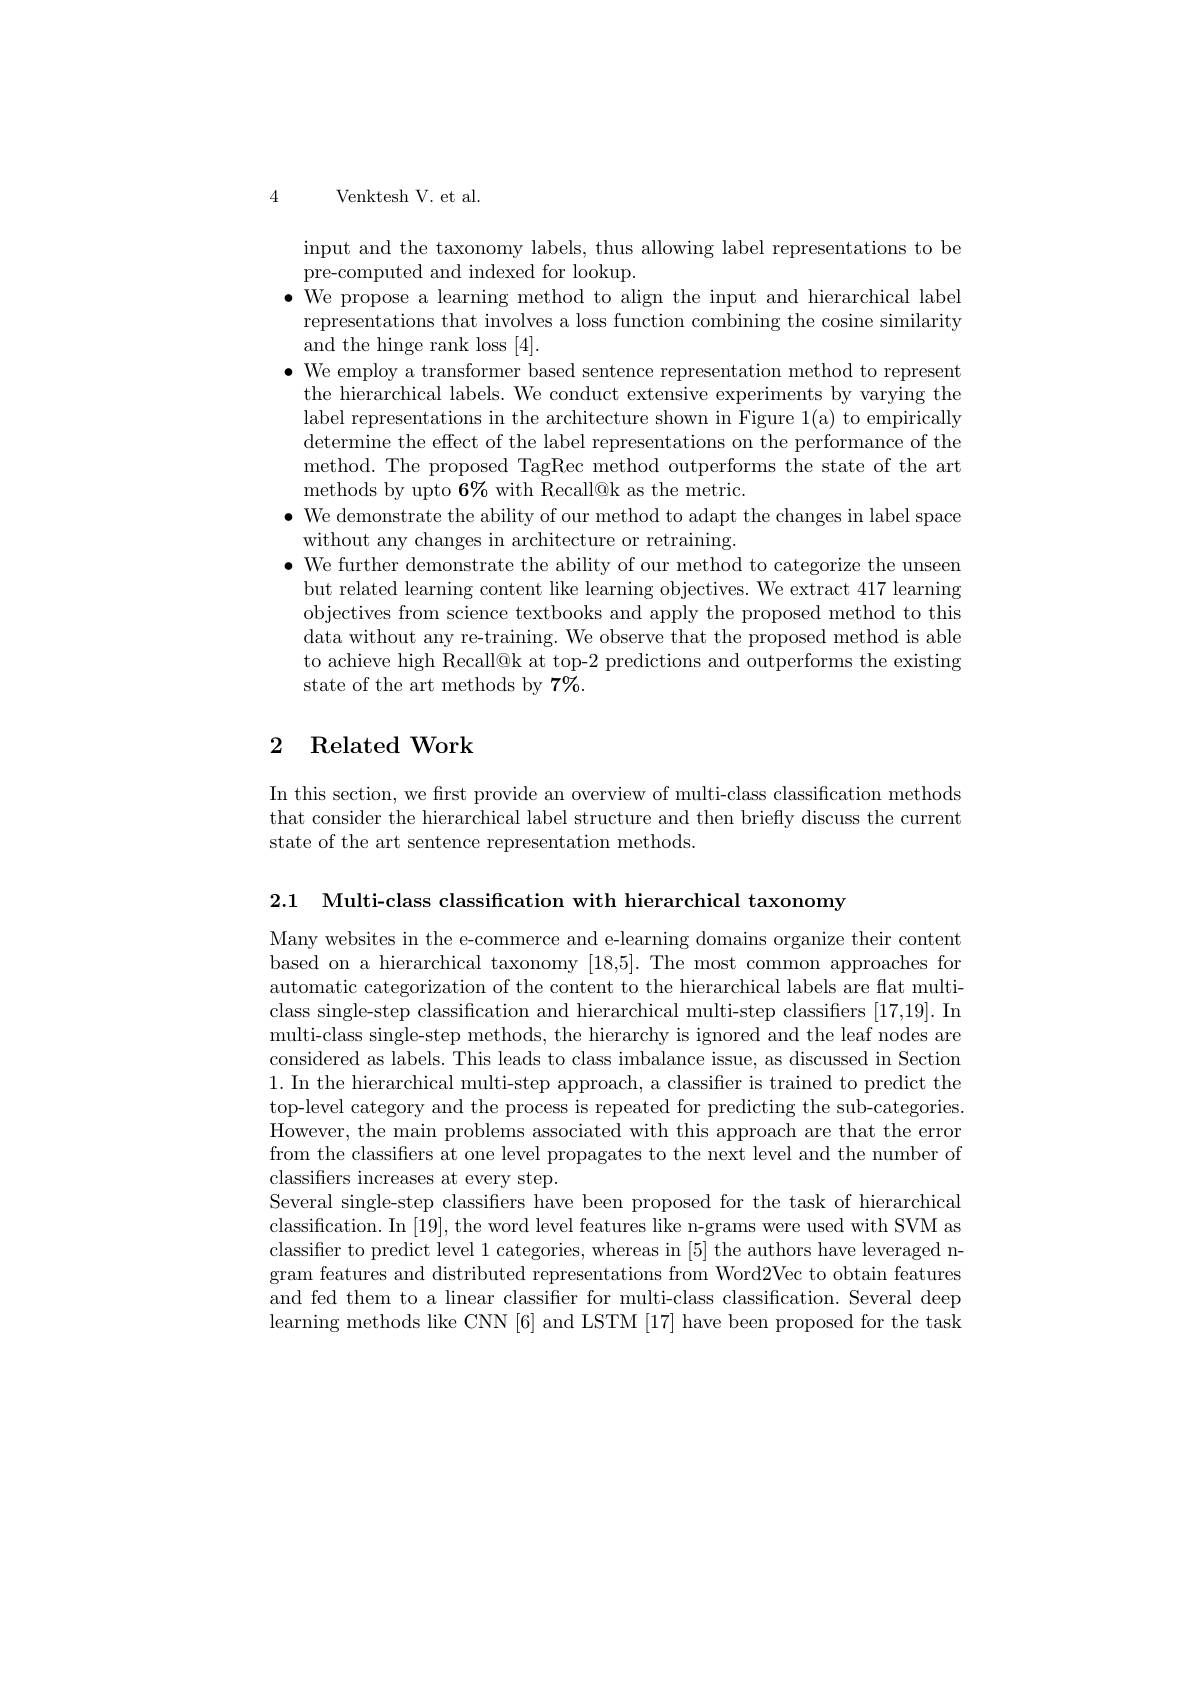
Venktesh V. et al

4

input and the taxonomy labels, thus allowing label representations to be
pre-computed and indexed for lookup.
$\bullet$ We propose a learning method to align the input and hierarchical label representations that involves a loss function combining the cosine similarity and the hinge rank loss [4].
$\bullet$ We employ a transformer based sentence representation method to represent
the hierarchical labels. We conduct extensive experiments by varying the label representations in the architecture shown in Figure 1(a) to empirically determine the effect of the label representations on the performance of the method. The proposed TagRec method outperforms the state of the art methods by upto 6% with Recall@k as the metric.
$\bullet$ We demonstrate the ability of our method to adapt the changes in label space
without any changes in architecture or retraining.
$\bullet$ We further demonstrate the ability of our method to categorize the unseen but related learning content like learning objectives. We extract 417 learning objectives from science textbooks and apply the proposed method to this data without any re-training. We observe that the proposed method is able to achieve high Recall@k at top-2 predictions and outperforms the existing state of the art methods by $7\%.$

## 2 Related Work

In this section, we first provide an overview of multi-class classification methods that consider the hierarchical label structure and then briefly discuss the current state of the art sentence representation methods

2.1 Multi-class classification with hierarchical taxonomy

Many websites in the e-commerce and e-learning domains organize their content based on a hierarchical taxonomy [18,5]. The most common approaches for automatic categorization of the content to the hierarchical labels are flat multiclass single-step classification and hierarchical multi-step classifiers [17,19]. In multi-class single-step methods, the hierarchy is ignored and the leaf nodes are considered as labels. This leads to class imbalance issue, as discussed in Section 1. In the hierarchical multi-step approach, a classiffer is trained to predict the top-level category and the process is repeated for predicting the sub-categories. However, the main problems associated with this approach are that the error from the classifiers at one level propagates to the next level and the number of classifiers increases at every step.
Several single-step classifiers have been proposed for the task of hierarchical classification. In [19], the word level features like n-grams were used with SVM as classifier to predict level 1 categories, whereas in [5] the authors have leveraged ngram features and distributed representations from Word2Vec to obtain features and fed them to a linear classifier for multi-class classification. Several deep learning methods like CNN [6] and LSTM [17] have been proposed for the task